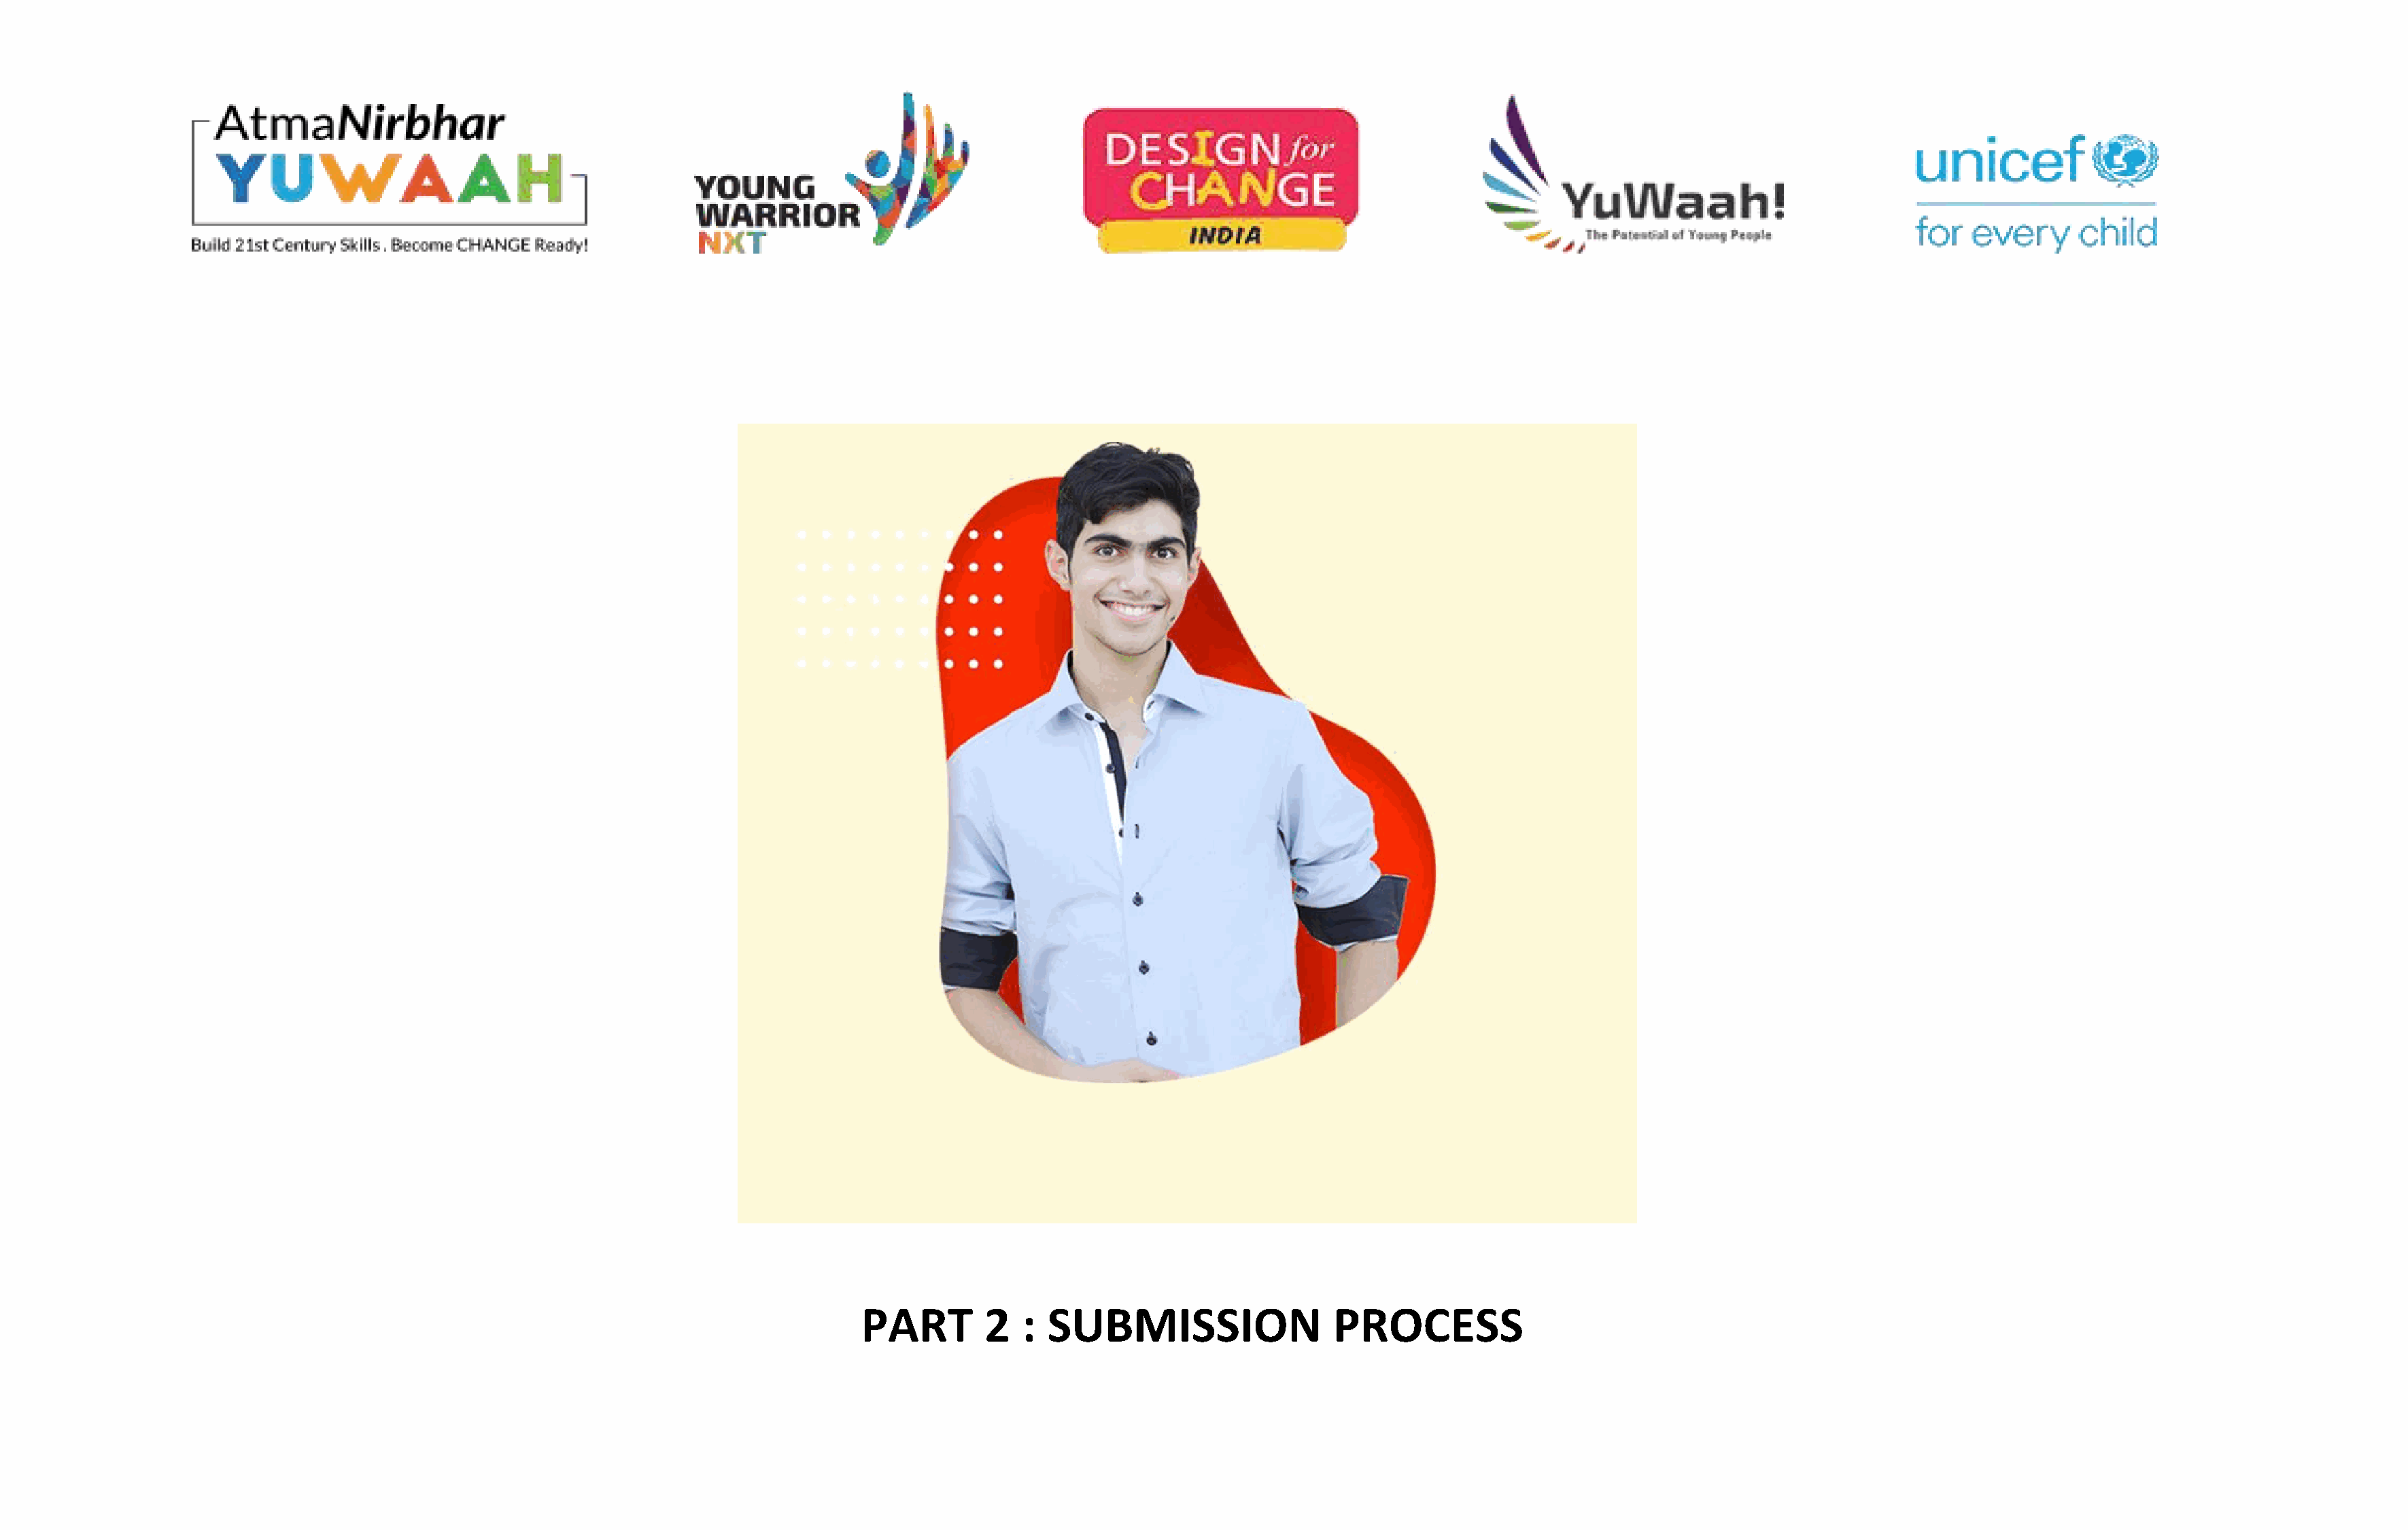
PART        2   : SUBMISSION                  PROCESS